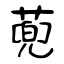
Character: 蔸